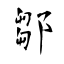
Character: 鄒